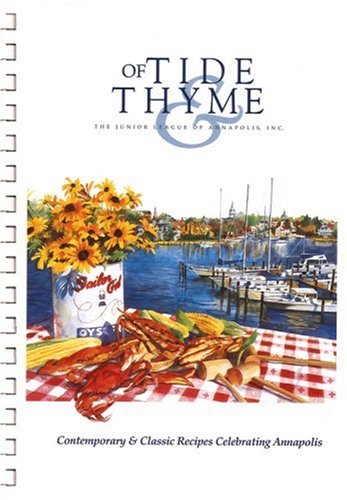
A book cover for Of Tide & Thyme; Junior League of Annapolis; Cookbooks, Food & Wine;